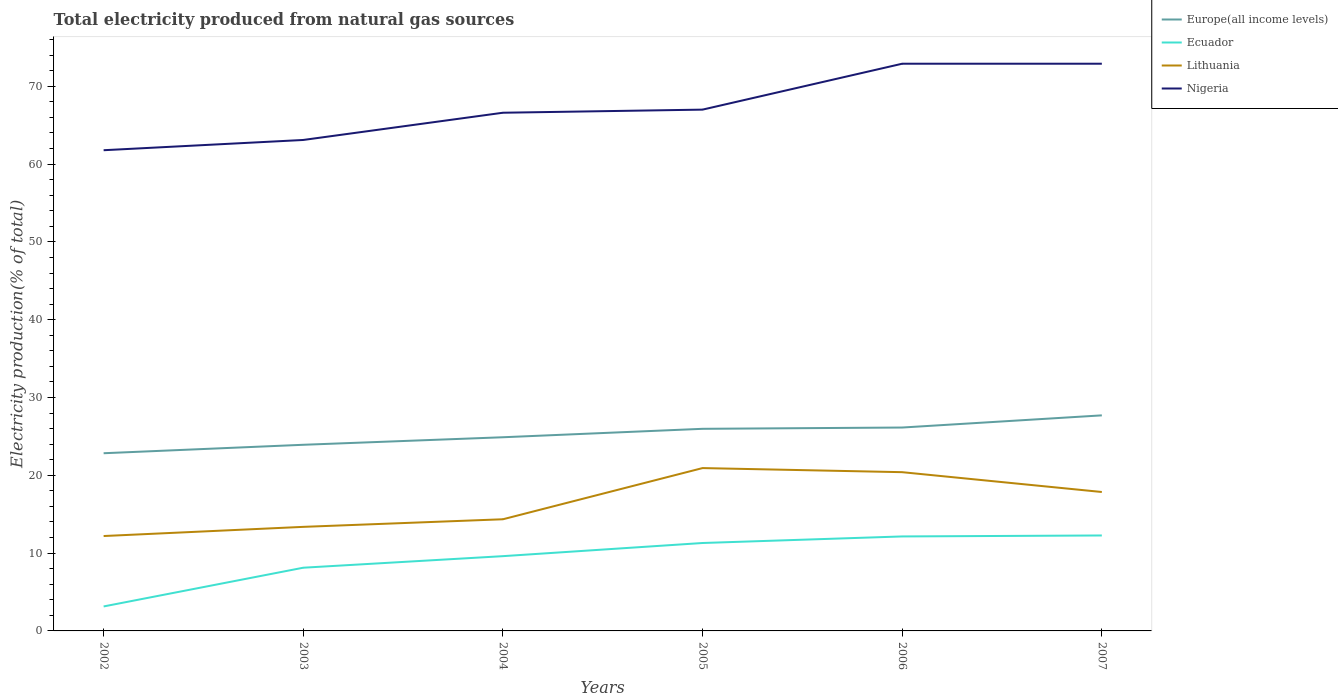
| Years | Europe(all income levels) | Ecuador | Lithuania | Nigeria |
 | --- | --- | --- | --- | --- |
 | 2002 | 22.8 | 3.15 | 12.2 | 61.8 |
 | 2003 | 23.9 | 8.12 | 13.4 | 63.1 |
 | 2004 | 24.9 | 9.61 | 14.4 | 66.6 |
 | 2005 | 26 | 11.3 | 20.9 | 67 |
 | 2006 | 26.1 | 12.1 | 20.4 | 72.9 |
 | 2007 | 27.7 | 12.3 | 17.9 | 72.9 |